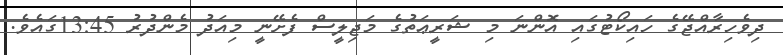
ދިވެހިރާއްޖޭގެ ހައިކޯޓުގައި އޮންނަ މި ޝަރީޢަތުގެ މަޖިލީސް ފެށޭނީ މިއަދު މެންދުރު 13:45ގައެވެ.